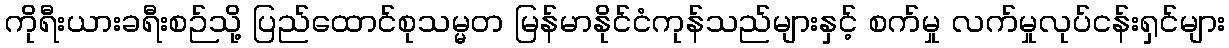
ကိုရီးယားခရီးစဉ်သို့ ပြည်ထောင်စုသမ္မတ မြန်မာနိုင်ငံကုန်သည်များနှင့် စက်မှု လက်မှုလုပ်ငန်းရှင်များ